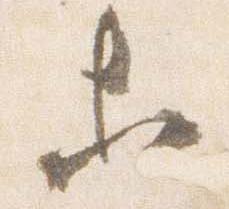
等